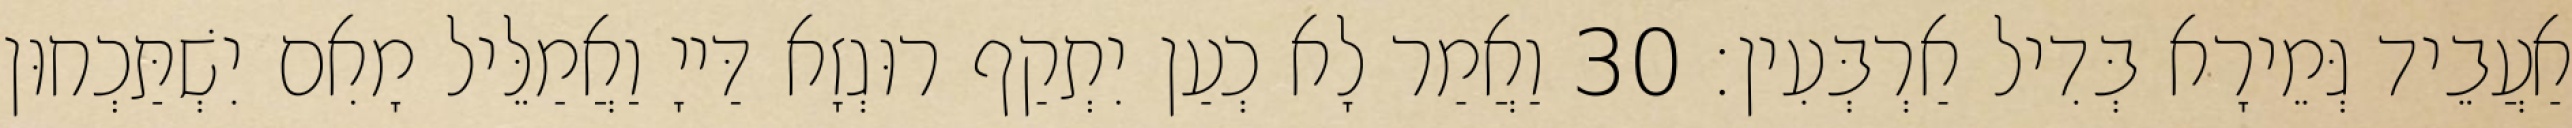
אַעֲבֵיד גְּמֵירָא בְּדִיל אַרְבְּעִין׃ 30 וַאֲמַר לָא כְעַן יִתְקַף רוּגְזָא דַּייָ וַאֲמַלֵּיל מָאִם יִשְׁתַּכְחוּן